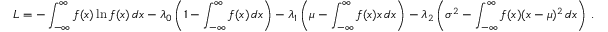
L = - \int _ { - \infty } ^ { \infty } f ( x ) \ln f ( x ) \, d x - \lambda _ { 0 } \left( 1 - \int _ { - \infty } ^ { \infty } f ( x ) \, d x \right) - \lambda _ { 1 } \left( \mu - \int _ { - \infty } ^ { \infty } f ( x ) x \, d x \right) - \lambda _ { 2 } \left( \sigma ^ { 2 } - \int _ { - \infty } ^ { \infty } f ( x ) ( x - \mu ) ^ { 2 } \, d x \right) \, .